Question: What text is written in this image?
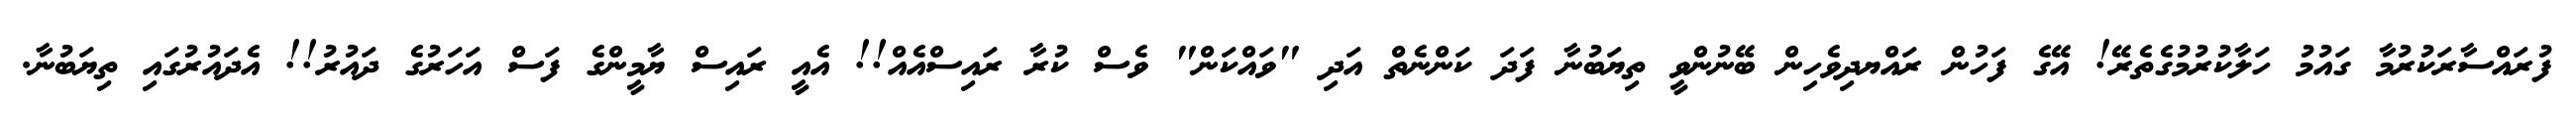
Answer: ފުރައްސާރަކުރުމާ ގައުމު ހަލާކުރުމުގެތެރޭ! އޭގެ ފަހުން ރައްޔދިވެހިން ބޭނުންވީ ތިޔަބުނާ ފަދަ ކަންނެތް އަދި "ވައްކަން" ވެސް ކުރާ ރައިސްއެއް!! އެއީ ރައިސް ޔާމީންގެ ފަސް އަހަރުގެ ދައުރު!! އެދައުރުގައި ތިޔަބުނާ.